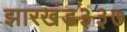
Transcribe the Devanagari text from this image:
झारखंड३३७